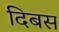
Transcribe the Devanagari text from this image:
दिबस